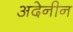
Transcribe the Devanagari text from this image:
अदेनीन